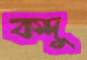
কদু